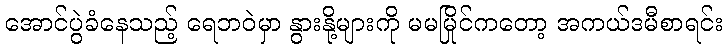
အောင်ပွဲခံနေသည့် ရေဘဝဲမှာ နွားနို့များကို မမမြိုင်ကတော့ အကယ်ဒမီစာရင်း